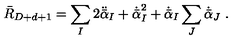
\bar { R } _ { D + d + 1 } = \sum _ { I } 2 \ddot { \bar { \alpha } } _ { I } + \dot { \bar { \alpha } } _ { I } ^ { 2 } + \dot { \bar { \alpha } } _ { I } \sum _ { J } \dot { \bar { \alpha } } _ { J } \ .